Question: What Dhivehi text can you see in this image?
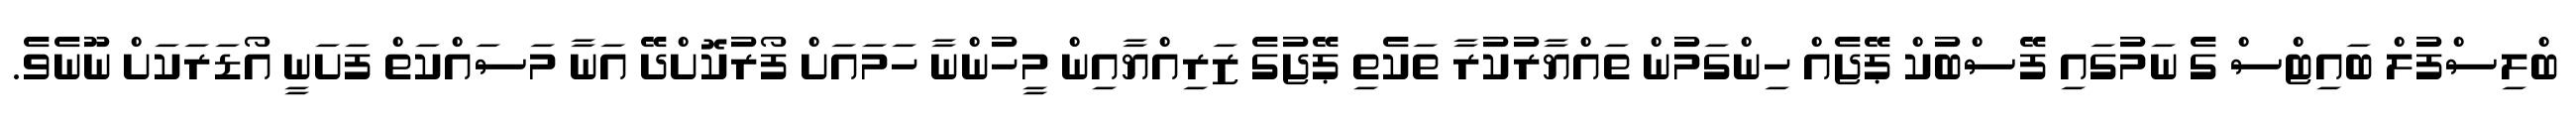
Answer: ބްލިސްފުލް ބައިޓްސް ގެ ނަމުގައި ފޭސްބުކް ޕޭޖެއް ހިންގަމުން ތައްޔާރުކުރާ ތަކެތި ޕޭޖުގެ ޒަރިއްޔާއިން މީހުންނާ ހަމައަށް ފޯރުކޮށްދޭ އަނާ މަސައްކަތް ފަށަނީ އޯޑަރަކަށް ނޫނެވެ.